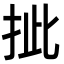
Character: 㧗